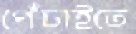
পেঁচাইতে